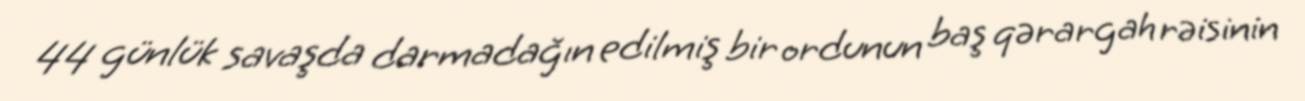
44 günlük savaşda darmadağın edilmiş bir ordunun baş qərargah rəisinin